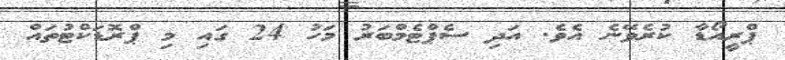
ޕްރީއޯޑާ ކުރެވޭނެ އެވެ. އަދި ސެޕްޓެމްބަރު މަހު 24 ގައި މި ޕްރޮޑަކްޓުތައް